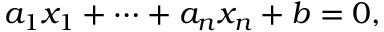
a _ { 1 } x _ { 1 } + \cdots + a _ { n } x _ { n } + b = 0 ,